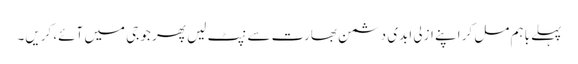
پہلے باہم مل کر اپنے ازلی ابدی دشمن بھارت سے نپٹ لیں پھر جو جی میں آئے، کریں۔